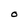
Character: O